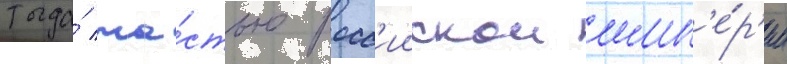
тогда́ ча́стью росс'иискои имп'е́р'ии